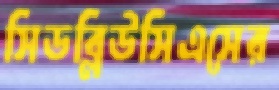
সিডব্লিউসিএসের